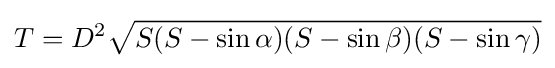
T=D^{2}{\sqrt {S(S-\sin \alpha )(S-\sin \beta )(S-\sin \gamma )}}